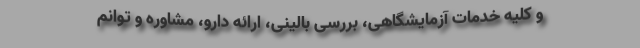
و کلیه خدمات آزمایشگاهی، بررسی بالینی، ارائه دارو، مشاوره و توانم